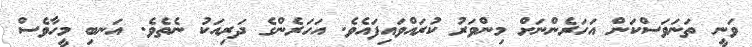
ވަނީ ތަނަވަސްކަން އަހަރެންނަށް މިންވަރު ކުރައްވައިފައެވެ. އަހަރެންގެ ދަރިއަކު ނެތެވެ. އަނބި މީހާވެސް